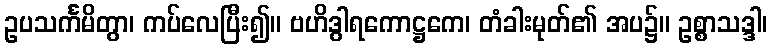
ဥပသင်္ကမိတွာ၊ ကပ်လေပြီး၍။ ဗဟိဒွါရကောဋ္ဌကေ၊ တံခါးမုတ်၏ အပ၌။ ဥစ္စာသဒ္ဒါ၊